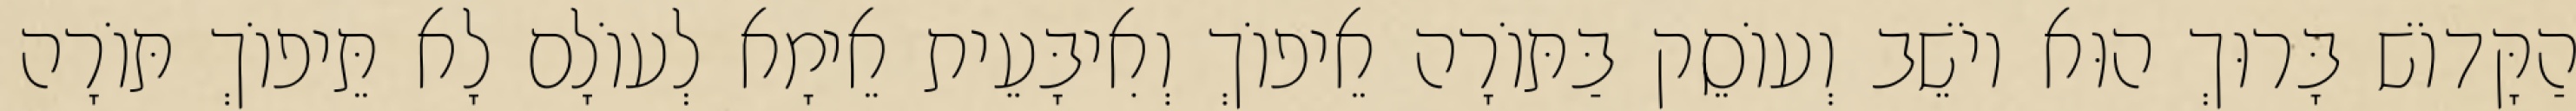
הַקָּדוֹשׁ בָּרוּךְ הוּא יוֹשֵׁב וְעוֹסֵק בַּתּוֹרָה אֵיפוֹךְ וְאִיבָּעֵית אֵימָא לְעוֹלָם לָא תֵּיפוֹךְ תּוֹרָה